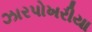
ઝારપોખરીયા